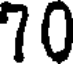
70